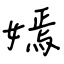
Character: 嫣